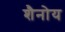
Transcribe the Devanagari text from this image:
शैनोय